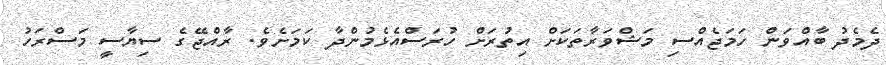
ދެމެދު ބާއްވަން ހަމަޖެއްސި މަޝްވަރާތަކަށް އިތުރަށް ހުރަސްއެޅެމުންދާ ކަމަށެވެ. ރާއްޖޭގެ ސިޔާސީ މަސްރަހު